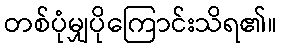
တစ်ပုံမျှပိုကြောင်းသိရ၏။